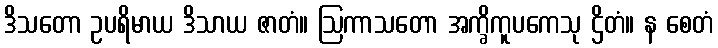
ဒိသတော ဥပရိမာယ ဒိသာယ ဇာတံ။ ဩကာသတော အက္ခိကူပကေသု ဌိတံ။ န စေတံ